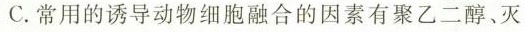
C.常用的诱导动物细胞融合的因素有聚乙二醇、灭